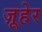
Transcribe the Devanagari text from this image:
ज़ूहेर